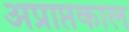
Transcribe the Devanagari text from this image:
अप्राप्तकाल